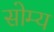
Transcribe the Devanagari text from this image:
सोम्य